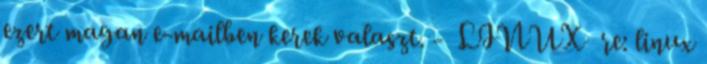
ezert magan e-mailben kerek valaszt. - LINUX re: linux